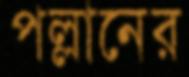
পল্লানের